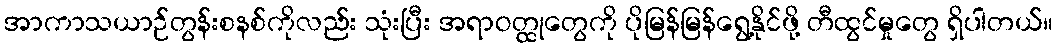
အာကာသယာဉ်တွန်းစနစ်ကိုလည်း သုံးပြီး အရာဝတ္ထုတွေကို ပိုမြန်မြန်ရွေ့နိုင်ဖို့ တီထွင်မှုတွေ ရှိပါတယ်။